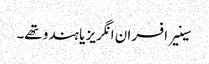
سینیر افسران انگریز یا ہندو تھے۔